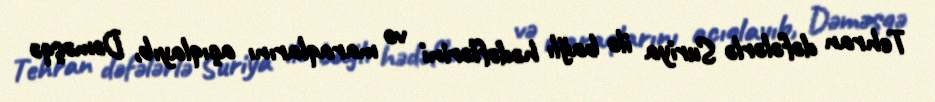
Tehran dəfələrlə Suriya ilə bağlı hədəflərini və maraqlarını açıqlayıb, Dəməşqə